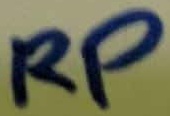
Text: RP